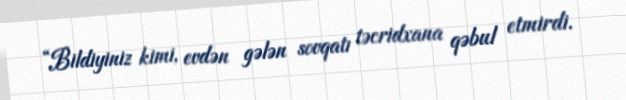
“Bildiyiniz kimi, evdən gələn sovqatı təcridxana qəbul etmirdi.